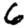
Digit: 6